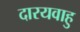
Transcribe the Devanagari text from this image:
दारयवाहु